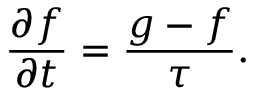
\frac { \partial f } { \partial t } = \frac { g - f } { \tau } .